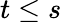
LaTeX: t\leq s